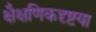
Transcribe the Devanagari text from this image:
क्षैक्षणिकदृष्टया